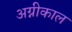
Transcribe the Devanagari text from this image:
अग्नीकाल